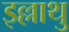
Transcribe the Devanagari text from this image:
इल्लाथु